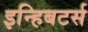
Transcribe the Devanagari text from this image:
इन्हिबटर्स